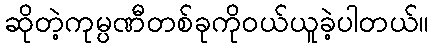
ဆိုတဲ့ကုမ္ပဏီတစ်ခုကိုဝယ်ယူခဲ့ပါတယ်။